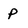
Character: p